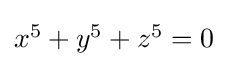
\textstyle x^{5}+y^{5}+z^{5}=0